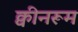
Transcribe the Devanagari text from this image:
क्वीनरूम